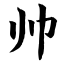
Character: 帅